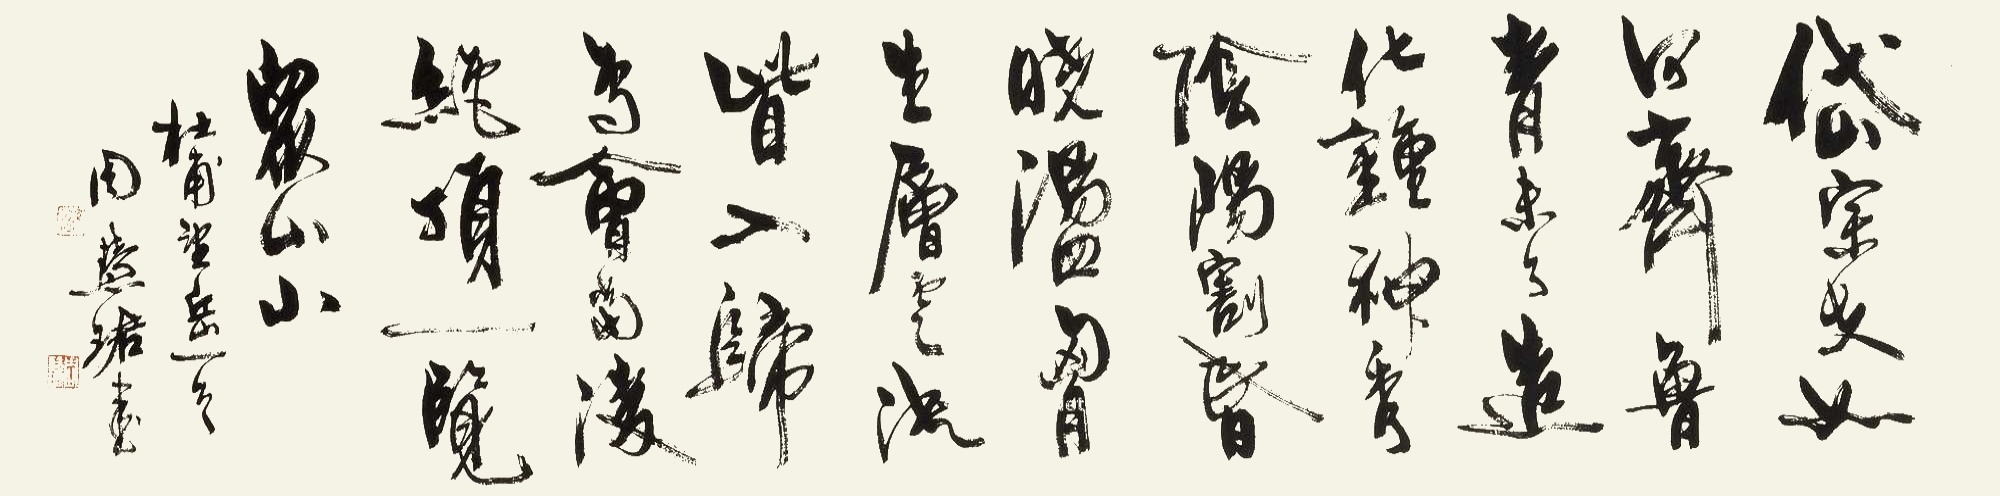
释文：岱宗夫如何？齐鲁青未了。造化钟神秀，阴阳割昏晓。荡胸生曾云，决眦入归鸟。会当凌绝顶，一览众山小。杜甫《望岳》一首，周慧珺书。